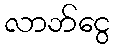
လာဘ်ငွေ